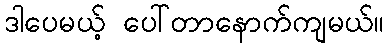
ဒါပေမယ့် ပေါ်တာနောက်ကျမယ်။